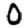
Digit: 0